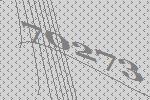
70273